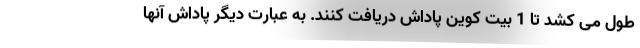
طول می کشد تا 1 بیت کوین پاداش دریافت کنند. به عبارت دیگر پاداش آنها